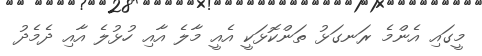
މީގައި އެންމެ ރަނގަޅު ތަންކޮޅަކީ އެއީ މާލެ އާއި ހުޅުލެ އާއި ދެމެދު